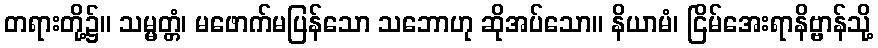
တရားတို့၌။ သမ္မတ္တံ၊ မဖောက်မပြန်သော သဘောဟု ဆိုအပ်သော။ နိယာမံ၊ ငြိမ်အေးရာနိဗ္ဗာန်သို့